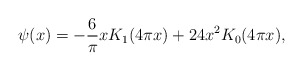
\begin{align*} \psi(x) = -\frac{6}{\pi} x K_{1}(4 \pi x) + 24x^{2} K_{0}(4 \pi x),\end{align*}